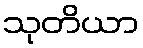
သုတိယာ